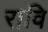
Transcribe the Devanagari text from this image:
रावि